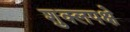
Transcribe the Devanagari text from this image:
शुक्लपक्षे